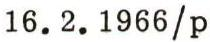
16.2.1966/p